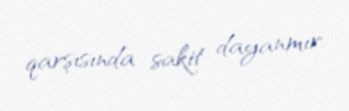
qarşısında sakit dayanmır.